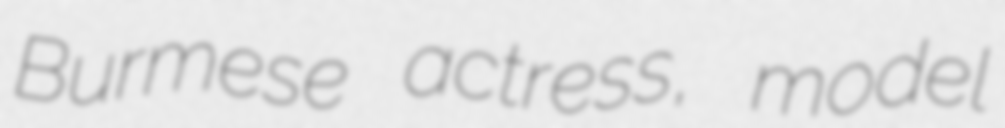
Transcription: Burmese actress, model